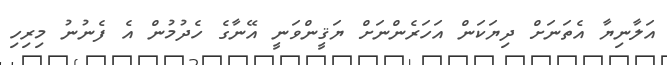
އަލާނިޔާ އެތަނަށް ދިޔަކަން އަހަރެންނަށް ޔަޤީންވަނީ އޭނާގެ ހެދުމުން އެ ފެނުނު މިރިހި